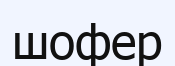
шофер